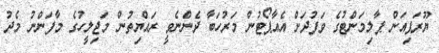
ޔޫރަޕިއަން ޕާލިމަންޓުގެ ވަފުދަށް އެއާޕޯޓުން މަރުހަބާ ދެންނެވީ ރައްޔިތުން މަޖިލީހުގެ މާފަންނު މެދު